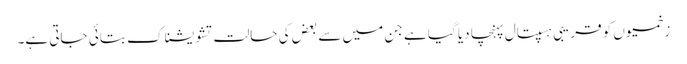
زخمیوں کو قریبی ہسپتال پہنچا دیا گیا ہے جن میں سے بعض کی حالت تشویشناک بتائی جاتی ہے۔